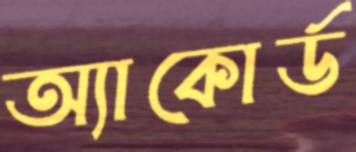
অ্যাকোর্ড